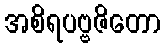
အစိရပဗ္ဗဇိတော